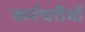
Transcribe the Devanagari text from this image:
कर्मचरीयों